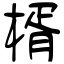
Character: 楈